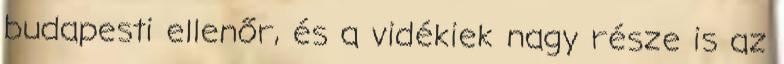
budapesti ellenőr, és a vidékiek nagy része is az